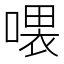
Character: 𠼊